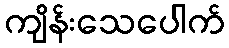
ကျိန်းသေပေါက်